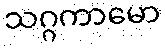
သဂ္ဂကာမော